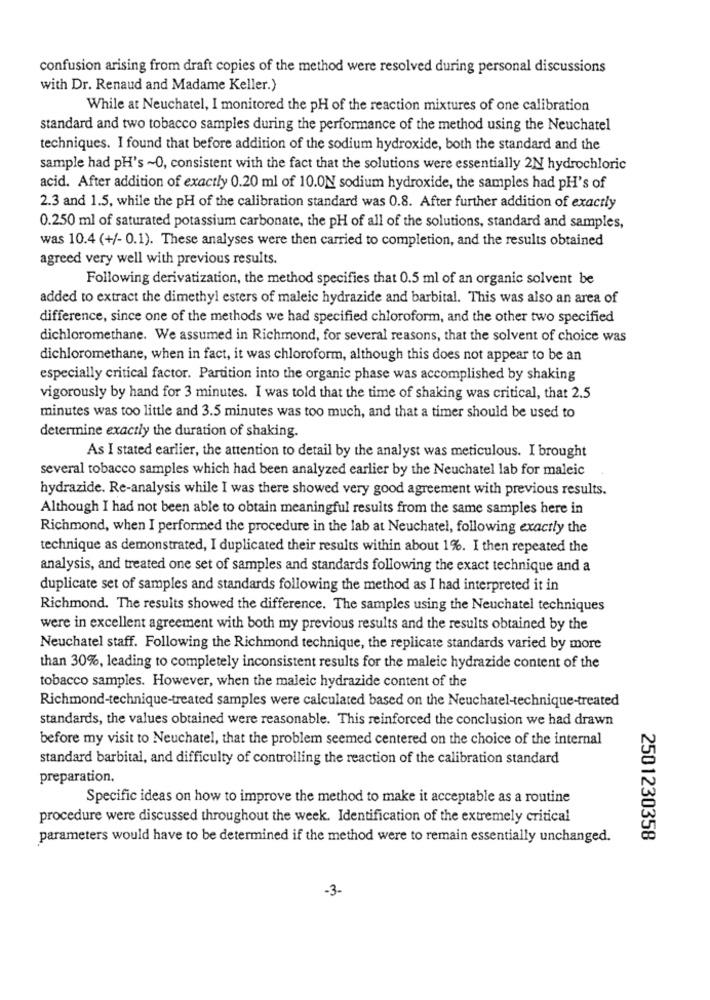
confusion arising from draft copies of the method were resolved during personal discussions
with Dr. Renaud and Madame Keller.)
While at Neuchatel, I monitored the pH of the reaction mixtures of one calibration
standard and two tobacco samples during the performance of the method using the Neuchatel
techniques. I found that before addition of the sodium hydroxide, both the standard and the
sample had pH's ~0, consistent with the fact that the solutions were essentially 2N hydrochloric
acid. After addition of exactly 0.20 ml of 10.ON sodium hydroxide, the samples had pH's of
2.3 and 1.5, while the pH of the calibration standard was 0.8. After further addition of exactly
0.250 ml of saturated potassium carbonate, the pH of all of the solutions, standard and samples,
was 10.4 (+/- 0.1). These analyses were then carried to completion, and the results obtained
agreed very well with previous results.
Following derivatization, the method specifies that 0.5 ml of an organic solvent be
added to extract the dimethyl esters of maleic hydrazide and barbital. This was also an area of
difference, since one of the methods we had specified chloroform, and the other two specified
dichloromethane. We assumed in Richmond, for several reasons, that the solvent of choice was
dichloromethane, when in fact, it was chloroform, although this does not appear to be an
especially critical factor. Partition into the organic phase was accomplished by shaking
vigorously by hand for 3 minutes. I was told that the time of shaking was critical, that 2.5
minutes was too little and 3.5 minutes was too much, and that a timer should be used to
determine exactly the duration of shaking.
As I stated earlier, the attention to detail by the analyst was meticulous. I brought
several tobacco samples which had been analyzed earlier by the Neuchatel lab for maleic
hydrazide. Re-analysis while I was there showed very good agreement with previous results.
Although I had not been able to obtain meaningful results from the same samples here in
Richmond, when I performed the procedure in the lab at Neuchatel, following exactly the
technique as demonstrated, I duplicated their results within about 1%. I then repeated the
analysis, and treated one set of samples and standards following the exact technique and a
duplicate set of samples and standards following the method as I had interpreted it in
Richmond. The results showed the difference. The samples using the Neuchatel techniques
were in excellent agreement with both my previous results and the results obtained by the
Neuchatel staff. Following the Richmond technique, the replicate standards varied by more
than 30%, leading to completely inconsistent results for the maleic hydrazide content of the
tobacco samples. However, when the maleic hydrazide content of the
Richmond-technique-treated samples were calculated based on the Neuchatel-technique-treated
standards, the values obtained were reasonable. This reinforced the conclusion we had drawn
before my visit to Neuchatel, that the problem seemed centered on the choice of the internal
standard barbital, and difficulty of controlling the reaction of the calibration standard
preparation.
Specific ideas on how to improve the method to make it acceptable as a routine
procedure were discussed throughout the week. Identification of the extremely critical
parameters would have to be determined if the method were to remain essentially unchanged.
2501230358
-3-